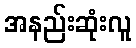
အနည်းဆုံးလူ